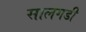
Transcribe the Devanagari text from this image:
सालगडी